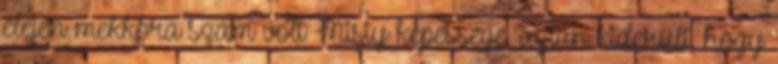
elején mekkora szám volt Misty képessége, aztán kiderült, hogy